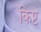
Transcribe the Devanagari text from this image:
किष्ट